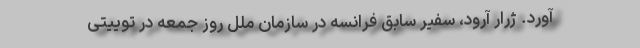
آورد. ژرار آرود، سفیر سابق فرانسه در سازمان ملل روز جمعه در توییتی